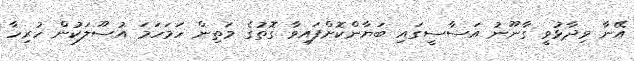
އޭނާ ވިދާޅުވީ ގާނޫނު އަސާސީގައި ބަޔާންކޮށްފައިވާ ގޮތުގެ މަތިން ހަމަހަމަ އުސޫލަކުން ހުރިހާ